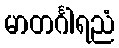
မာတင်္ဂါရညံ